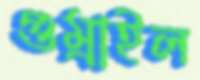
গুম্‌রাইল